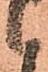
候